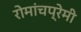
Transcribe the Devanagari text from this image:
रोमांचप्रेमी